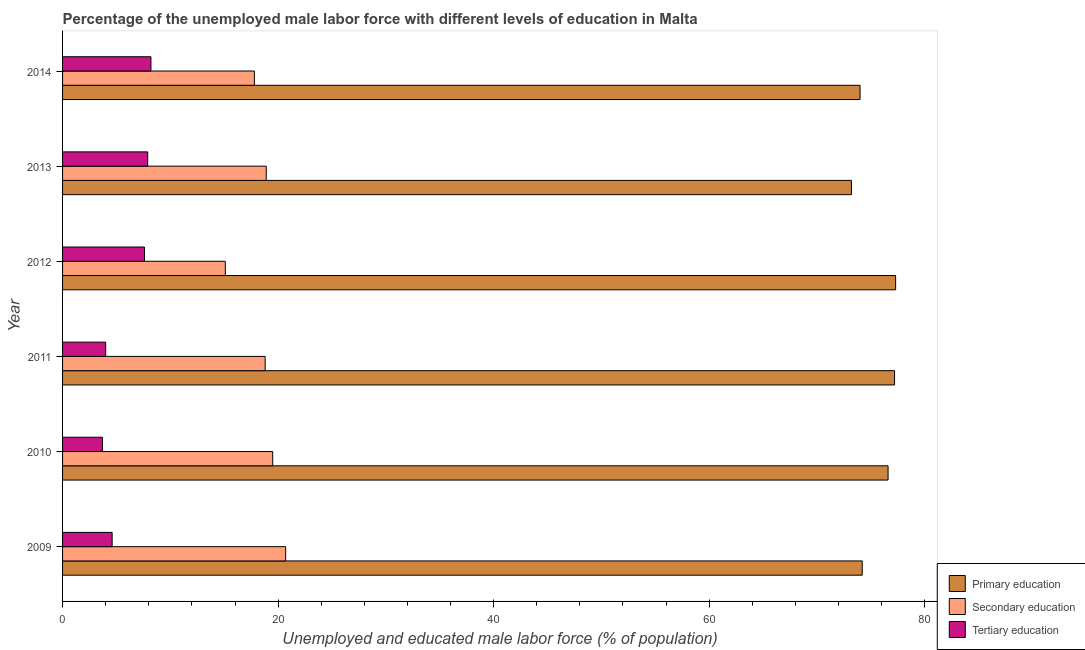
| Year | Primary education | Secondary education | Tertiary education |
 | --- | --- | --- | --- |
 | 2009 | 74.2 | 20.7 | 4.6 |
 | 2010 | 76.6 | 19.5 | 3.7 |
 | 2011 | 77.2 | 18.8 | 4 |
 | 2012 | 77.3 | 15.1 | 7.6 |
 | 2013 | 73.2 | 18.9 | 7.9 |
 | 2014 | 74 | 17.8 | 8.2 |